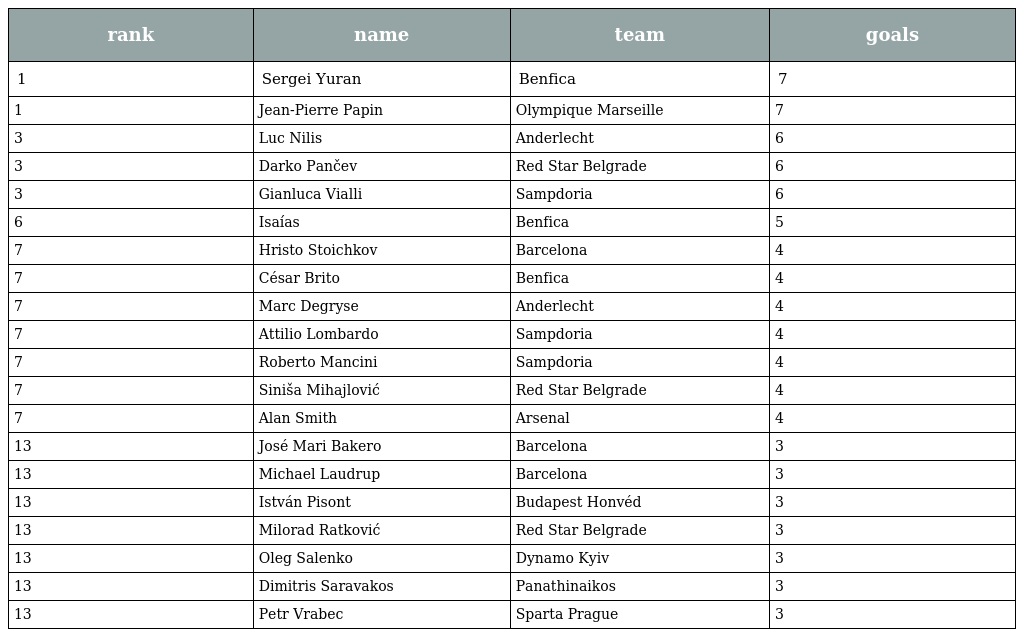
| rank | name | team | goals |
 | --- | --- | --- | --- |
 | 1 | Sergei Yuran | Benfica | 7 |
 | 1 | Jean-Pierre Papin | Olympique Marseille | 7 |
 | 3 | Luc Nilis | Anderlecht | 6 |
 | 3 | Darko Pančev | Red Star Belgrade | 6 |
 | 3 | Gianluca Vialli | Sampdoria | 6 |
 | 6 | Isaías | Benfica | 5 |
 | 7 | Hristo Stoichkov | Barcelona | 4 |
 | 7 | César Brito | Benfica | 4 |
 | 7 | Marc Degryse | Anderlecht | 4 |
 | 7 | Attilio Lombardo | Sampdoria | 4 |
 | 7 | Roberto Mancini | Sampdoria | 4 |
 | 7 | Siniša Mihajlović | Red Star Belgrade | 4 |
 | 7 | Alan Smith | Arsenal | 4 |
 | 13 | José Mari Bakero | Barcelona | 3 |
 | 13 | Michael Laudrup | Barcelona | 3 |
 | 13 | István Pisont | Budapest Honvéd | 3 |
 | 13 | Milorad Ratković | Red Star Belgrade | 3 |
 | 13 | Oleg Salenko | Dynamo Kyiv | 3 |
 | 13 | Dimitris Saravakos | Panathinaikos | 3 |
 | 13 | Petr Vrabec | Sparta Prague | 3 |